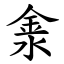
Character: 淾